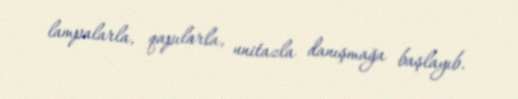
lampalarla, qapılarla, unitazla danışmağa başlayıb.